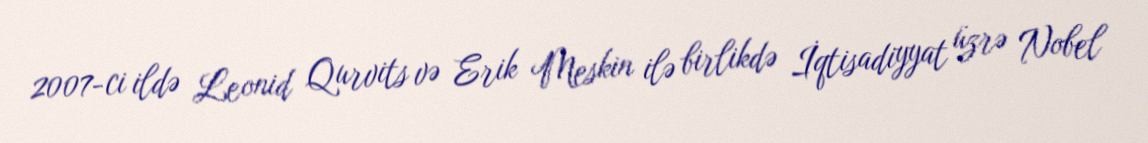
2007-ci ildə Leonid Qurvits və Erik Meskin ilə birlikdə İqtisadiyyat üzrə Nobel